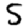
Digit: 5